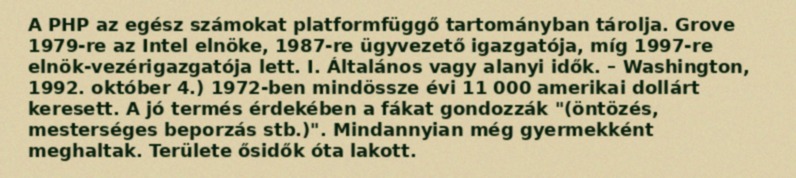
A PHP az egész számokat platformfüggő tartományban tárolja. Grove 1979-re az Intel elnöke, 1987-re ügyvezető igazgatója, míg 1997-re elnök-vezérigazgatója lett. I. Általános vagy alanyi idők. – Washington, 1992. október 4.) 1972-ben mindössze évi 11 000 amerikai dollárt keresett. A jó termés érdekében a fákat gondozzák "(öntözés, mesterséges beporzás stb.)". Mindannyian még gyermekként meghaltak. Területe ősidők óta lakott.